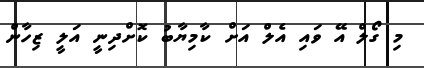
މި ގޯލް އޭ ވައި އެލް އަށް ކާމިޔާބު ކޮށްދިނީ އަލީ ޒިހާން